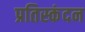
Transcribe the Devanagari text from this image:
प्रतिस्कंदन